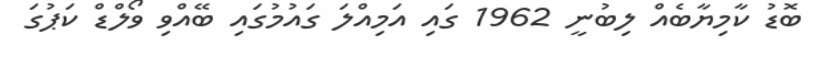
ބޮޑު ކާމިޔާބެއް ލިބުނީ 1962 ގައި އަމިއްލަ ގައުމުގައި ބޭއްވި ވޯލްޑް ކަޕުގަ